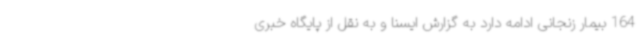
164 بیمار زنجانی ادامه دارد به گزارش ایسنا و به نقل از پایگاه خبری